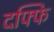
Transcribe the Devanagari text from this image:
दफ्फि